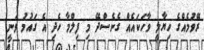
ރޭވުމެއްގެ ހިޔާލީ ވާހަކައެއް ގެނެސްދޭ މި ފިލްމާ ހެދި އެ ގައުމު ވަނީ